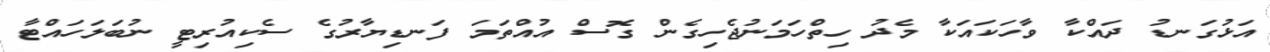
އަޅުގަނޑު ދައްކާ ވާހަކައަކާ މެދު ހިތްހަމަނުޖެހިގެން ގޮސް އުއްތަމަ ފަނޑިޔާރުގެ ސެކިއުރިޓީ ނުބަލަހައްޓާ